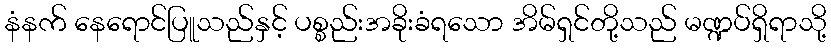
နံနက် နေရောင်ပြူသည်နှင့် ပစ္စည်းအခိုးခံရသော အိမ်ရှင်တို့သည် မဏ္ဍပ်ရှိရာသို့